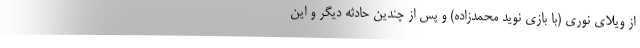
از ویلای نوری (با بازی نوید محمدزاده) و پس از چندین حادثه دیگر و این